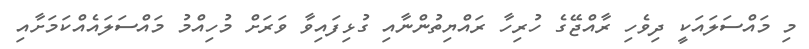
މި މައްސަލައަކީ ދިވެހި ރާއްޖޭގެ ހުރިހާ ރައްޔިތުންނާއި ގުޅިފައިވާ ވަރަށް މުހިއްމު މައްސަލައެއްކަމަށާއި